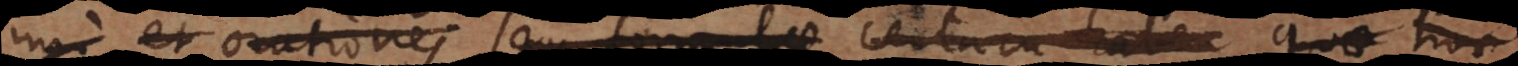
imo et orationes seu formulae certam haben quae hoc